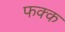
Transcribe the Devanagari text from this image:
फक्क